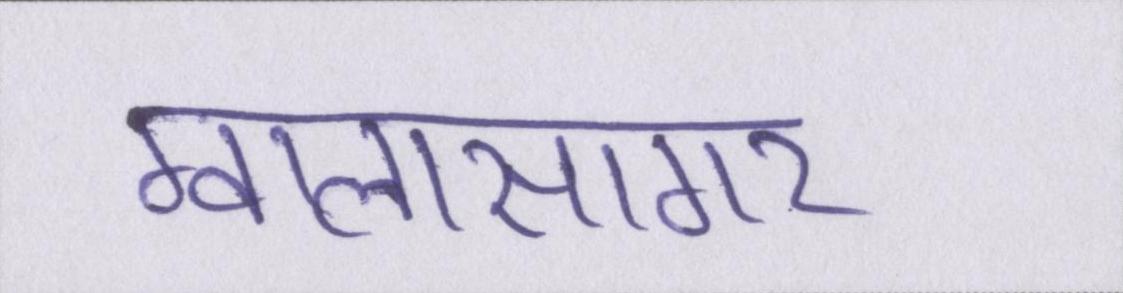
ग्वालासागर